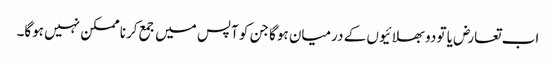
اب تعارض یا تو دو بھلائیوں کے درمیان ہوگا جن کو آپس میں جمع کرنا ممکن نہیں ہوگا۔